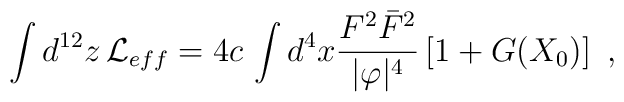
\int d^{12}z\,{\cal L}_{eff} = 4c\,\int d^4 x \frac{F^2 \bar F^2}{|\varphi |^4} \left[1 + G(X_0)\right]~,